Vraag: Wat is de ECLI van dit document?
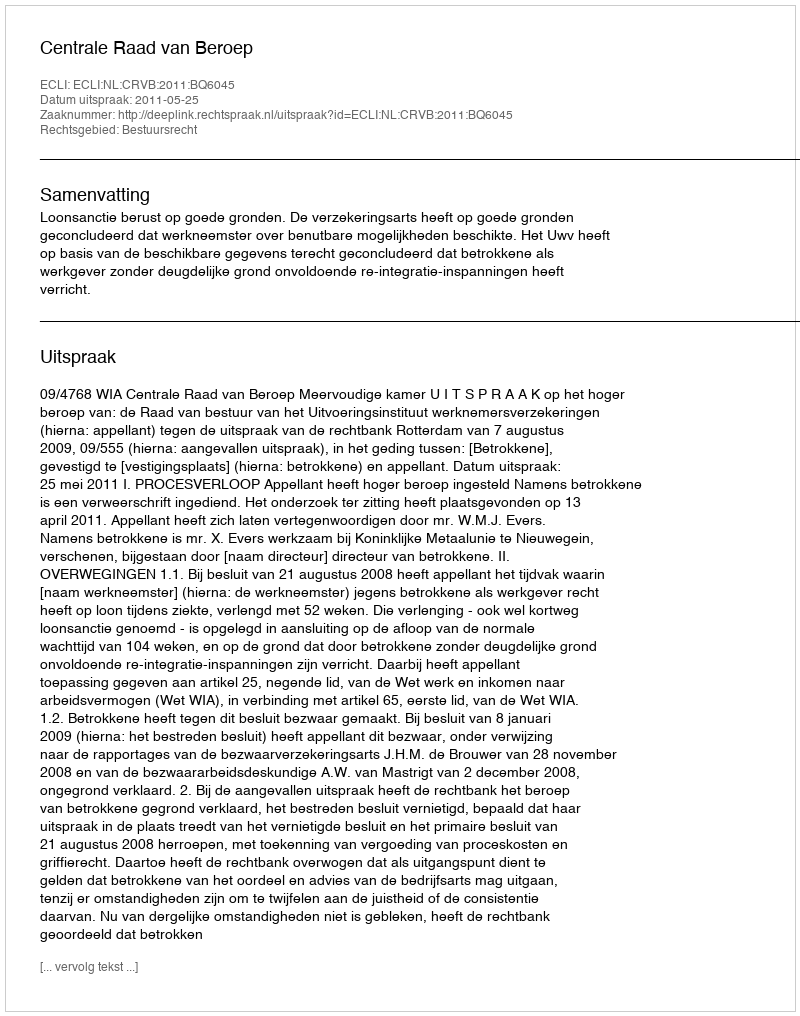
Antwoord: ECLI:NL:CRVB:2011:BQ6045